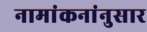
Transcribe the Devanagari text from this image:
नामांकनांनुसार